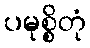
ပမုစ္စိတုံ